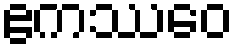
ဧကဿေဝ